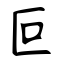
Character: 叵